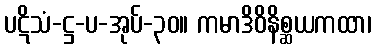
ပဋိသံ-ဋ္ဌ-ပ-အုပ်-၃၀။ ကမာဒိဝိနိစ္ဆယကထာ၊